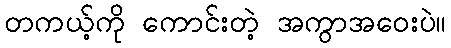
တကယ့်ကို ကောင်းတဲ့ အကွာအဝေးပဲ။